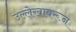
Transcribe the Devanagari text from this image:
उल्लेखावरून